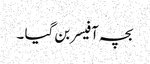
بچہ آفیسر بن گیا ۔